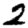
Digit: 2